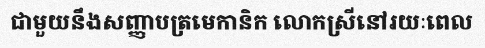
ជាមួយនឹងសញ្ញាបត្រមេកានិក លោកស្រីនៅរយៈពេល